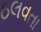
ઠલવતા